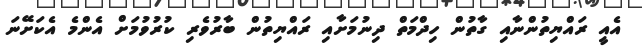
އެއީ ރައްޔިތުންނާއި ގާތުން ހިދްމަތް ދިނުމަށާއި ރައްޔިތުން ބާރުވެރި ކުރުވުމަށް އެންމެ އެކަށޭނަ